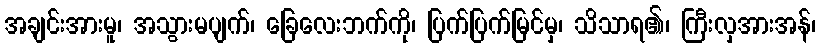
အချင်းအားမူ၊ အသွားမပျက်၊ ခြေလေးဘက်ကို၊ ပြက်ပြက်မြင်မှ၊ သိသာရ၏၊ ကြီးလှအားအန်၊